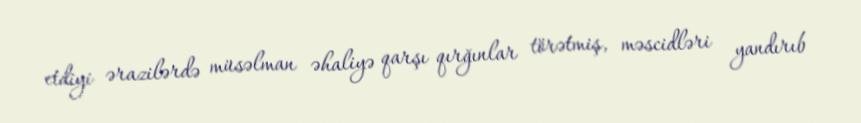
etdiyi ərazilərdə müsəlman əhaliyə qarşı qırğınlar törətmiş, məscidləri yandırıb